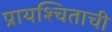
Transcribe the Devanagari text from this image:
प्रायश्चिताची